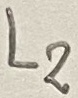
Text: L2